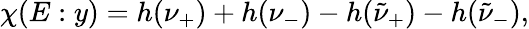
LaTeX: \chi(E:y)=h(\nu_{+})+h(\nu_{-})-h(\tilde{\nu}_{+})-h(\tilde{\nu}_{-}),